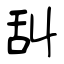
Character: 舏